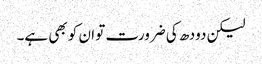
لیکن دودھ کی ضرورت تو ان کو بھی ہے۔